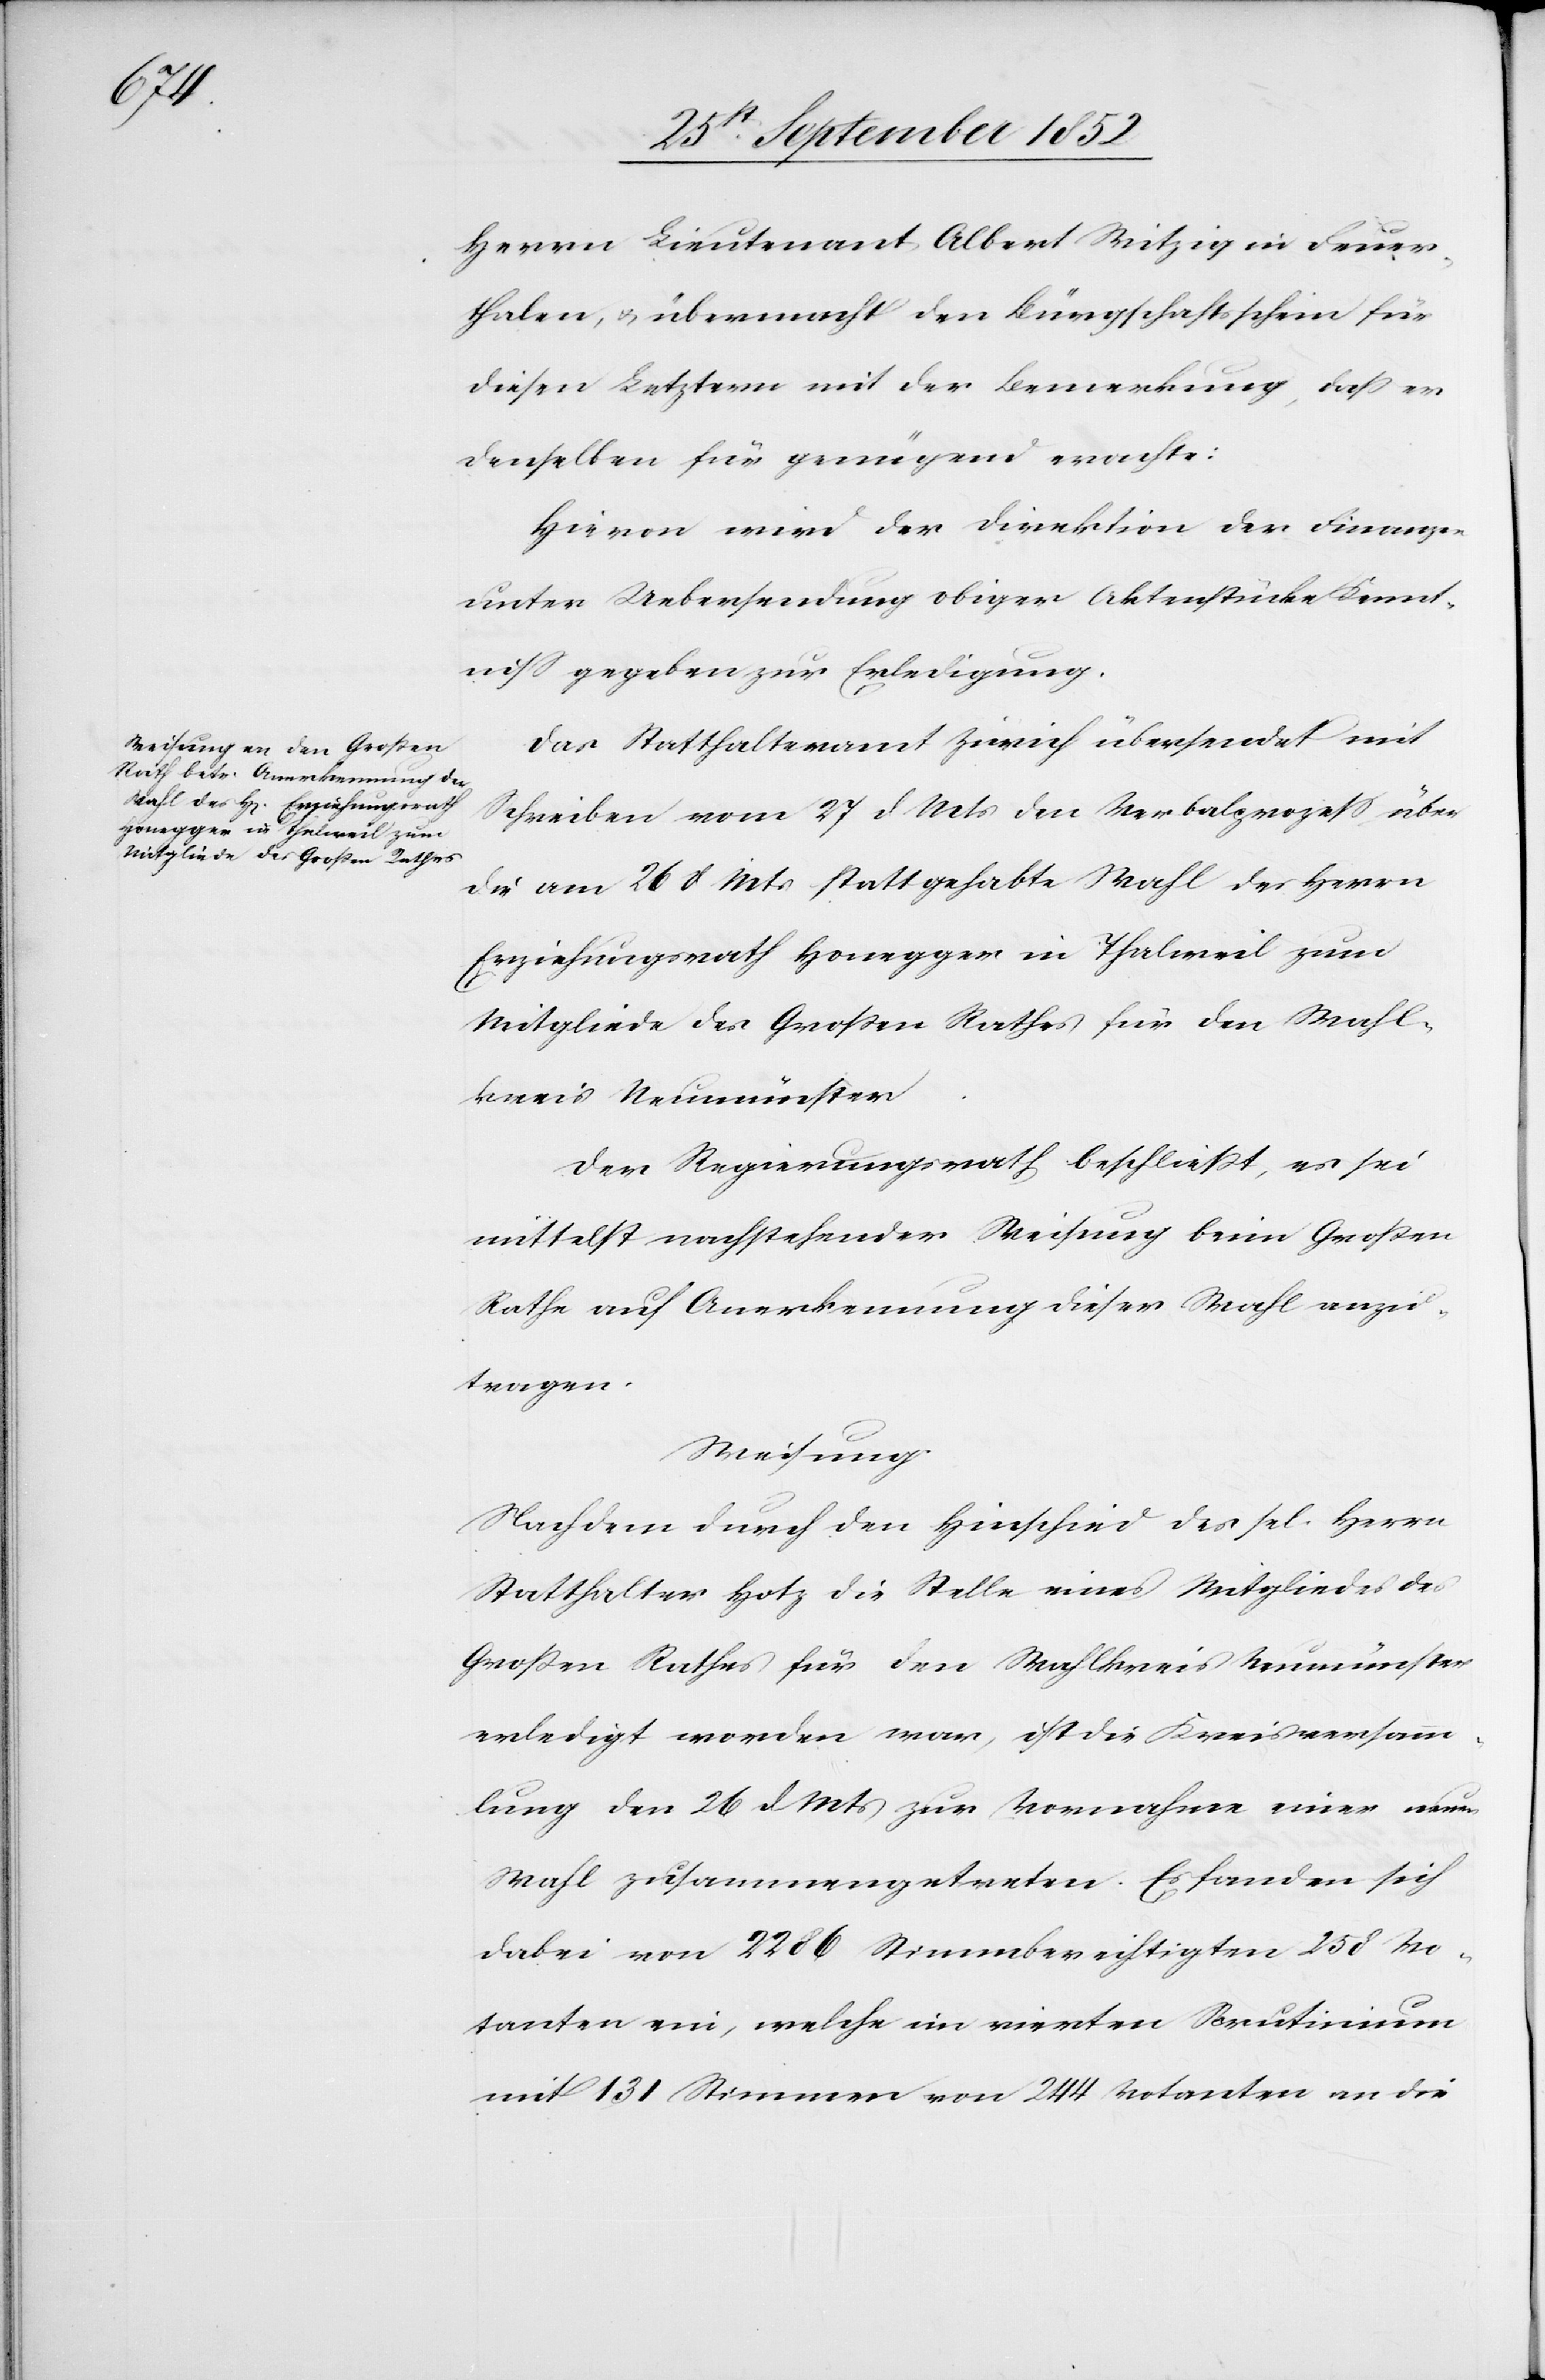
28 September 1852.]
Herrn Lieutenant Albert Witzig in Feuer¬
thalen, & übermacht den Bürgschaftsschein für
diesen Letztern mit der Bemerkung, dass er
denselben für genügend erachte:
Hievon wird der Direktion der Finanzen
unter Uebersendung obiger Aktenstücke Kennt¬
niss gegeben zur Erledigung.
Das Statthalteramt Zürich übersendet mit
Schreiben vom 27 d Mts den Verbalprozess über
die am 26 d Mts stattgehabte Wahl des Herrn
Erziehungsrath Honegger in Thalweil zum
Mitgliede des Großen Rathes für den Wahl¬
kreis Neumünster.
Der Regierungsrath beschließt, es sei
mittelst nachstehender Weisung beim Großen
Rathe auf Anerkennung dieser Wahl anzu¬
tragen.
Weisung.
Nachdem durch den Hinschied des sel. Herrn
Statthalter Hotz die Stelle eines Mitgliedes des
Großen Rathes für den Wahlkreis Neumünster
erledigt worden war, ist die Kreisversamm¬
lung den 26 d Mts zur Vornahme einer neuen
Wahl zusammengetreten. Es fanden sich
dabei von 2286 Stimmberechtigten 258 Vo¬
tanten ein, welche im vierten Scrutinium
mit 131 Stimmen von 244 Votanten an die